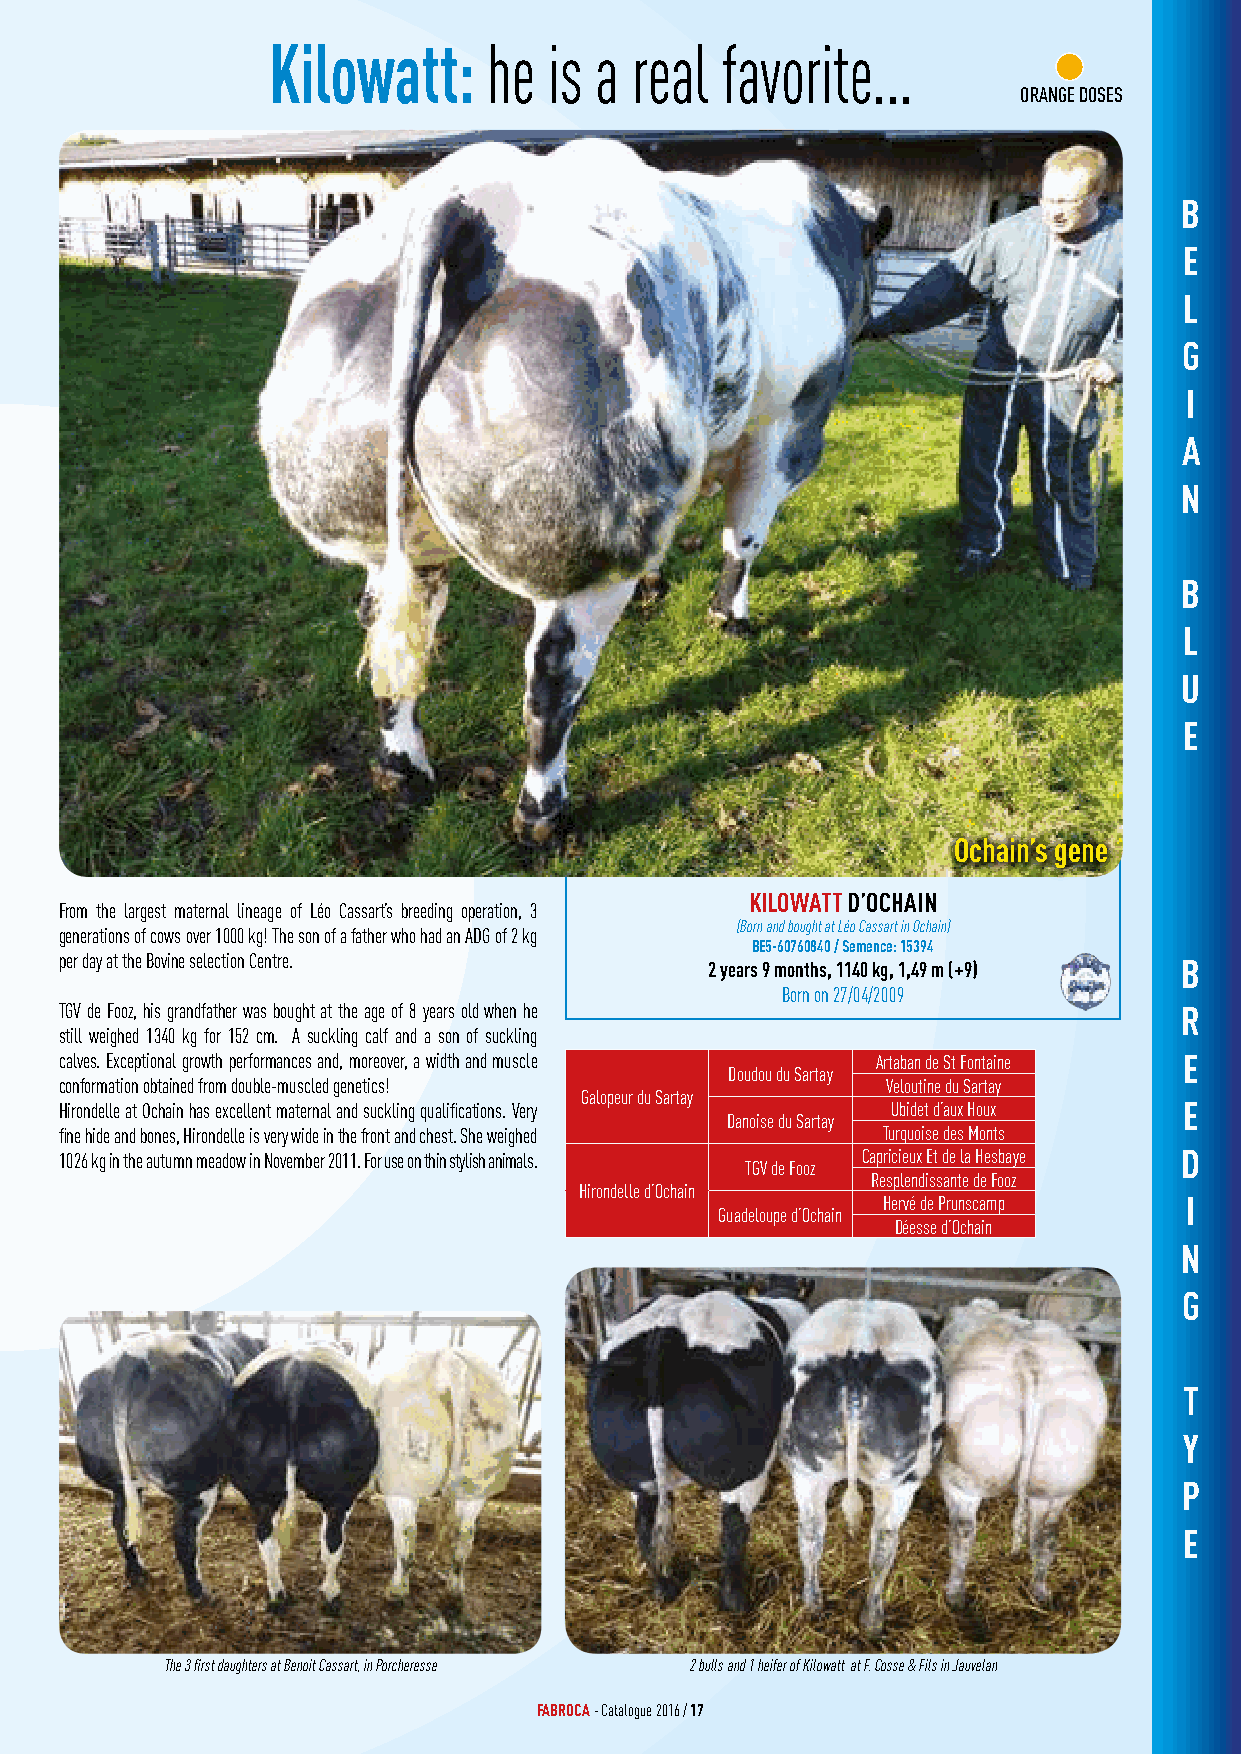
Kilowatt:     he  is a  real  favorite...
 ORANGE DOSES
 B
 E
 L
 G
 I
 A
 N
 B
 L
 U
 E
 Ochain’s gene
 KILOWATT D’OCHAIN
 From the largest maternal lineage of Léo Cassart’s breeding operation, 3
 (Born and bought at Léo Cassart in Ochain)
 generations of cows over 1000 kg! The son of a father who had an ADG of 2 kg
 BE5-60760840 / Semence: 15394
 per day at the Bovine selection Centre.    2 years 9 months, 1140 kg, 1,49 m (+9) B
 Born on 27/04/2009
 TGV de Fooz, his grandfather was bought at the age of 8 years old when he R
 still weighed 1340 kg for 152 cm. A suckling calf and a son of suckling
 calves. Exceptional growth performances and, moreover, a width and muscle Artaban de St Fontaine E
 Doudou du Sartay
 conformation obtained from double-muscled genetics!    Veloutine du Sartay
 Galopeur du Sartay
 Hirondelle at Ochain has excellent maternal and suckling qualifications. Very Ubidet d’aux Houx E
 Danoise du Sartay
 fine hide and bones, Hirondelle is very wide in the front and chest. She weighed Turquoise des Monts
 1026 kg in the autumn meadow in November 2011. For use on thin stylish animals. Capricieux Et de la Hesbaye D
 TGV de Fooz
 Resplendissante de Fooz
 Hirondelle d’Ochain
 Hervé de Prunscamp  I
 Guadeloupe d’Ochain
 Déesse d’Ochain
 N
 G
 T
 Y
 P
 E
 The 3 first daughters at Benoit Cassart, in Porcheresse 2 bulls and 1 heifer of Kilowatt at F. Cosse & Fils in Jauvelan
 FABROCA - Catalogue 2016 / 17